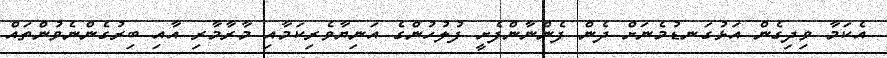
އެކަމާ ވިދިގެން އަޅުގަނޑުމެނަށް ދެން ފެންނާންފެށީ ފުލުހުންގެ އަނިޔާވެރިކަމާއި މާރާމާރި އާއި ބިރުގެންނެވުންތައް